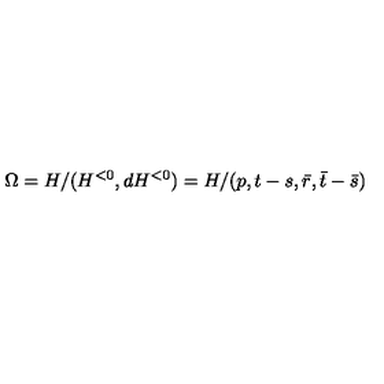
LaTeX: \Omega = H / ( H ^ { < 0 } , d H ^ { < 0 } ) = H / ( p , t - s , \bar { r } , \bar { t } - \bar { s } )